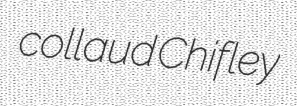
collaud Chifley